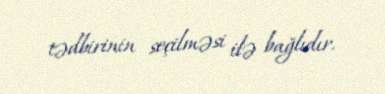
tədbirinin seçilməsi ilə bağlıdır.